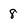
Character: 8